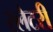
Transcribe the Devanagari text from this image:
स्लेटरी